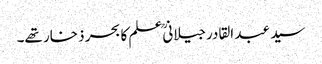
سید عبد القادرجیلانیؒ علم کا بحر ذخار تھے۔